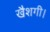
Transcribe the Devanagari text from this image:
खैशगी।